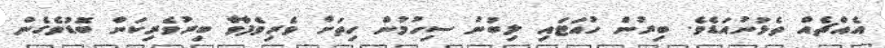
އެއްޗެއް ތެޅުނުއަޑެވެ. ބިރުން ހުއަޓައި ލިބުނު ސިހުމުން ހިތަށް ވެރިވެފާވާ ބިރުވެރިކަން ބޮޑުވެގެން